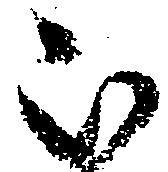
被